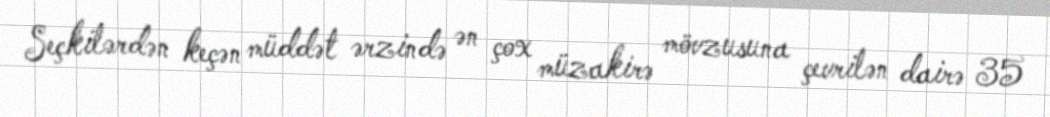
Seçkilərdən keçən müddət ərzində ən çox müzakirə mövzusuna çevrilən dairə 35